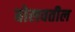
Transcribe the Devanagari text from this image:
बोलवतील